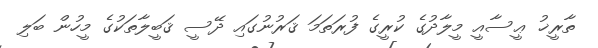
ތާރީޚު ޢީސާއީ މީލާދުގެ ކުރީގެ ފުރަތަމަ ޤަރުނުގައި ދޭސީ ޤަބީލާތަކުގެ މީހުން ބަލި